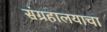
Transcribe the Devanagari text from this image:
संग्रहालयाचा